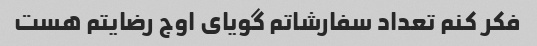
فکر کنم تعداد سفارشاتم گویای اوج رضایتم هست